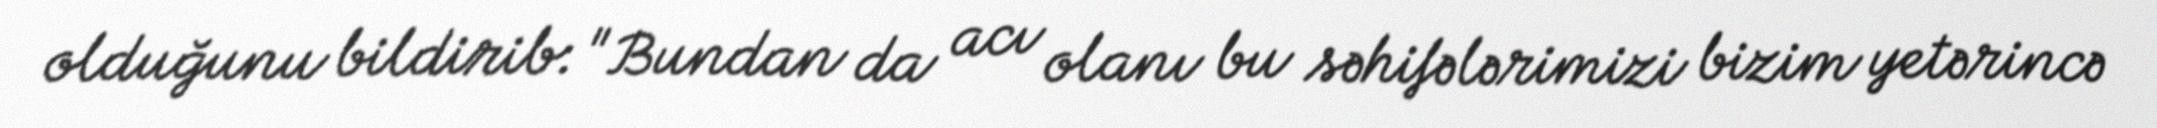
olduğunu bildirib: "Bundan da acı olanı bu səhifələrimizi bizim yetərincə